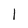
Character: 1